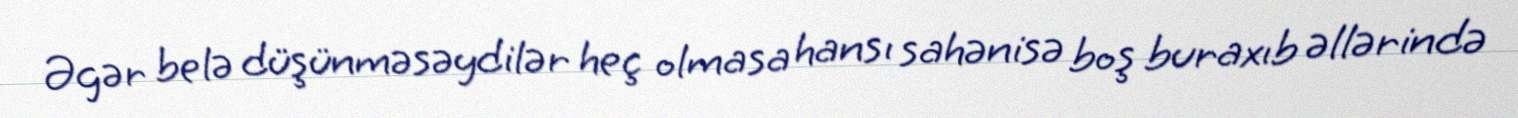
Əgər belə düşünməsəydilər heç olmasa hansı sahənisə boş buraxıb əllərində